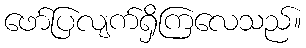
ဖော်ပြလျက်ရှိကြလေသည်။